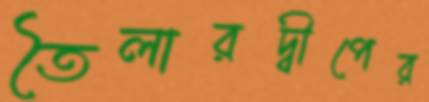
তৈলারদ্বীপের